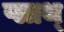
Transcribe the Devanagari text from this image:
प्लाथ्